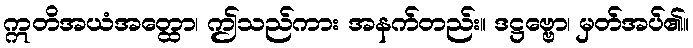
ဣတိအယံအတ္ထော၊ ဤသည်ကား အနက်တည်း။ ဒဋ္ဌဗ္ဗော၊ မှတ်အပ်၏။